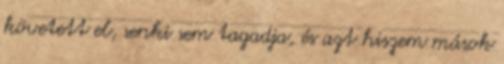
követett el, senki sem tagadja, és azt hiszem mások